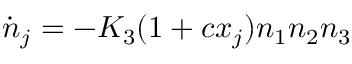
\dot { n } _ { j } = - K _ { 3 } ( 1 + c x _ { j } ) n _ { 1 } n _ { 2 } n _ { 3 }